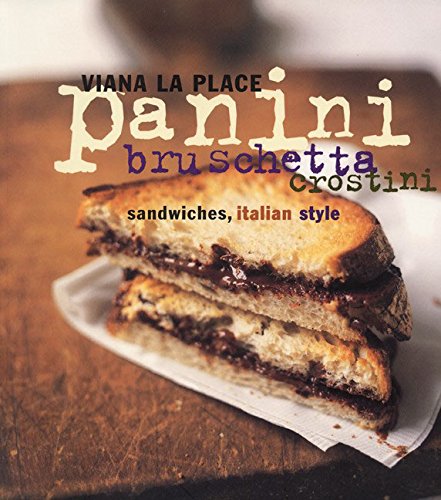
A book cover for Panini, Bruschetta, Crostini: Sandwiches, Italian Style; Viana La Place; Cookbooks, Food & Wine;